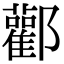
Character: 酄